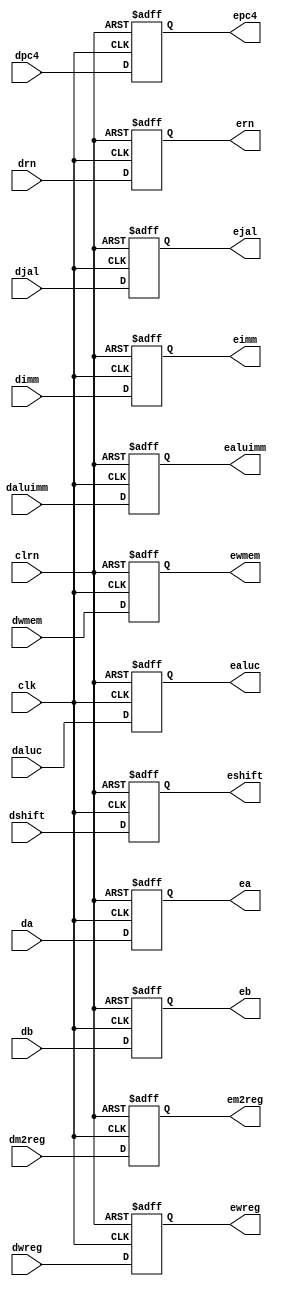
// ID  EXE 
module pipedereg (dwreg, dm2reg, dwmem, daluc, daluimm, da, db, dimm, drn,
						dshift, djal, dpc4, clk, clrn, ewreg, em2reg, ewmem,
						ealuc, ealuimm, ea, eb, eimm, ern, eshift, ejal, epc4);
	input [31:0]	da,db,dimm,dpc4;
	input [4:0]		drn;
	input [3:0]		daluc;
	input 			dwreg,dm2reg,dwmem,daluimm,dshift,djal;
	input 			clk,clrn;
	output [31:0]	ea,eb,eimm,epc4;
	output [4:0]	ern;
	output [3:0]	ealuc;
	output 			ewreg,em2reg,ewmem,ealuimm,eshift,ejal;
	reg [31:0]		ea,eb,eimm,epc4;
	reg [4:0]		ern;
	reg [3:0]		ealuc;
	reg 				ewreg,em2reg,ewmem,ealuimm,eshift,ejal;
	
	always @ (negedge clrn or posedge clk) begin
		if (clrn == 0) begin
			ewreg <= 0;
			em2reg <= 0;
			ewmem <= 0;
			ealuc <= 0;
			ealuimm <= 0;
			ea <= 0;
			eb <= 0;
			eimm <= 0;
			ern <= 0;
			eshift <= 0;
			ejal <= 0;
			epc4 <= 0;
		end else begin
			ewreg <= dwreg;
			em2reg <= dm2reg;
			ewmem <= dwmem;
			ealuc <= daluc;
			ealuimm <= daluimm;
			ea <= da;
			eb <= db;
			eimm <= dimm;
			ern <= drn;
			eshift <= dshift;
			ejal <= djal;
			epc4 <= dpc4;
		end
	end
endmodule